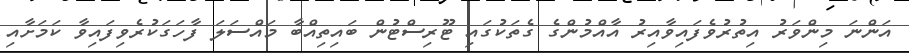
އަންނަ މިންވަރު އިތުރުވެފައިވާއިރު އާއްމުންގެ ގެތަކުގައި ޓޫރިސްޓުން ބައިތިއްބާ މައްސަލަ ފާހަގަކުރެވިފައިވާ ކަމަށާއި